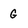
Character: G